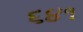
૬૪૧